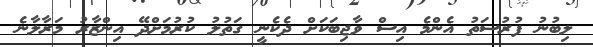
ލިބުނު ފުރުސަތު އެންމެ އިސް ވާޖިބަކަށް ދެކެނީ ގަތުލު ކުރުމަށްދޭ އިންޒާރު މަރާލާނެ